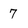
Character: 7